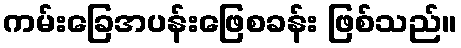
ကမ်းခြေအပန်းဖြေစခန်း ဖြစ်သည်။